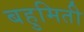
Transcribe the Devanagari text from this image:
बहुमिती